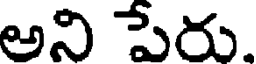
అని పేరు.